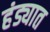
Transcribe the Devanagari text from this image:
हंड्यात